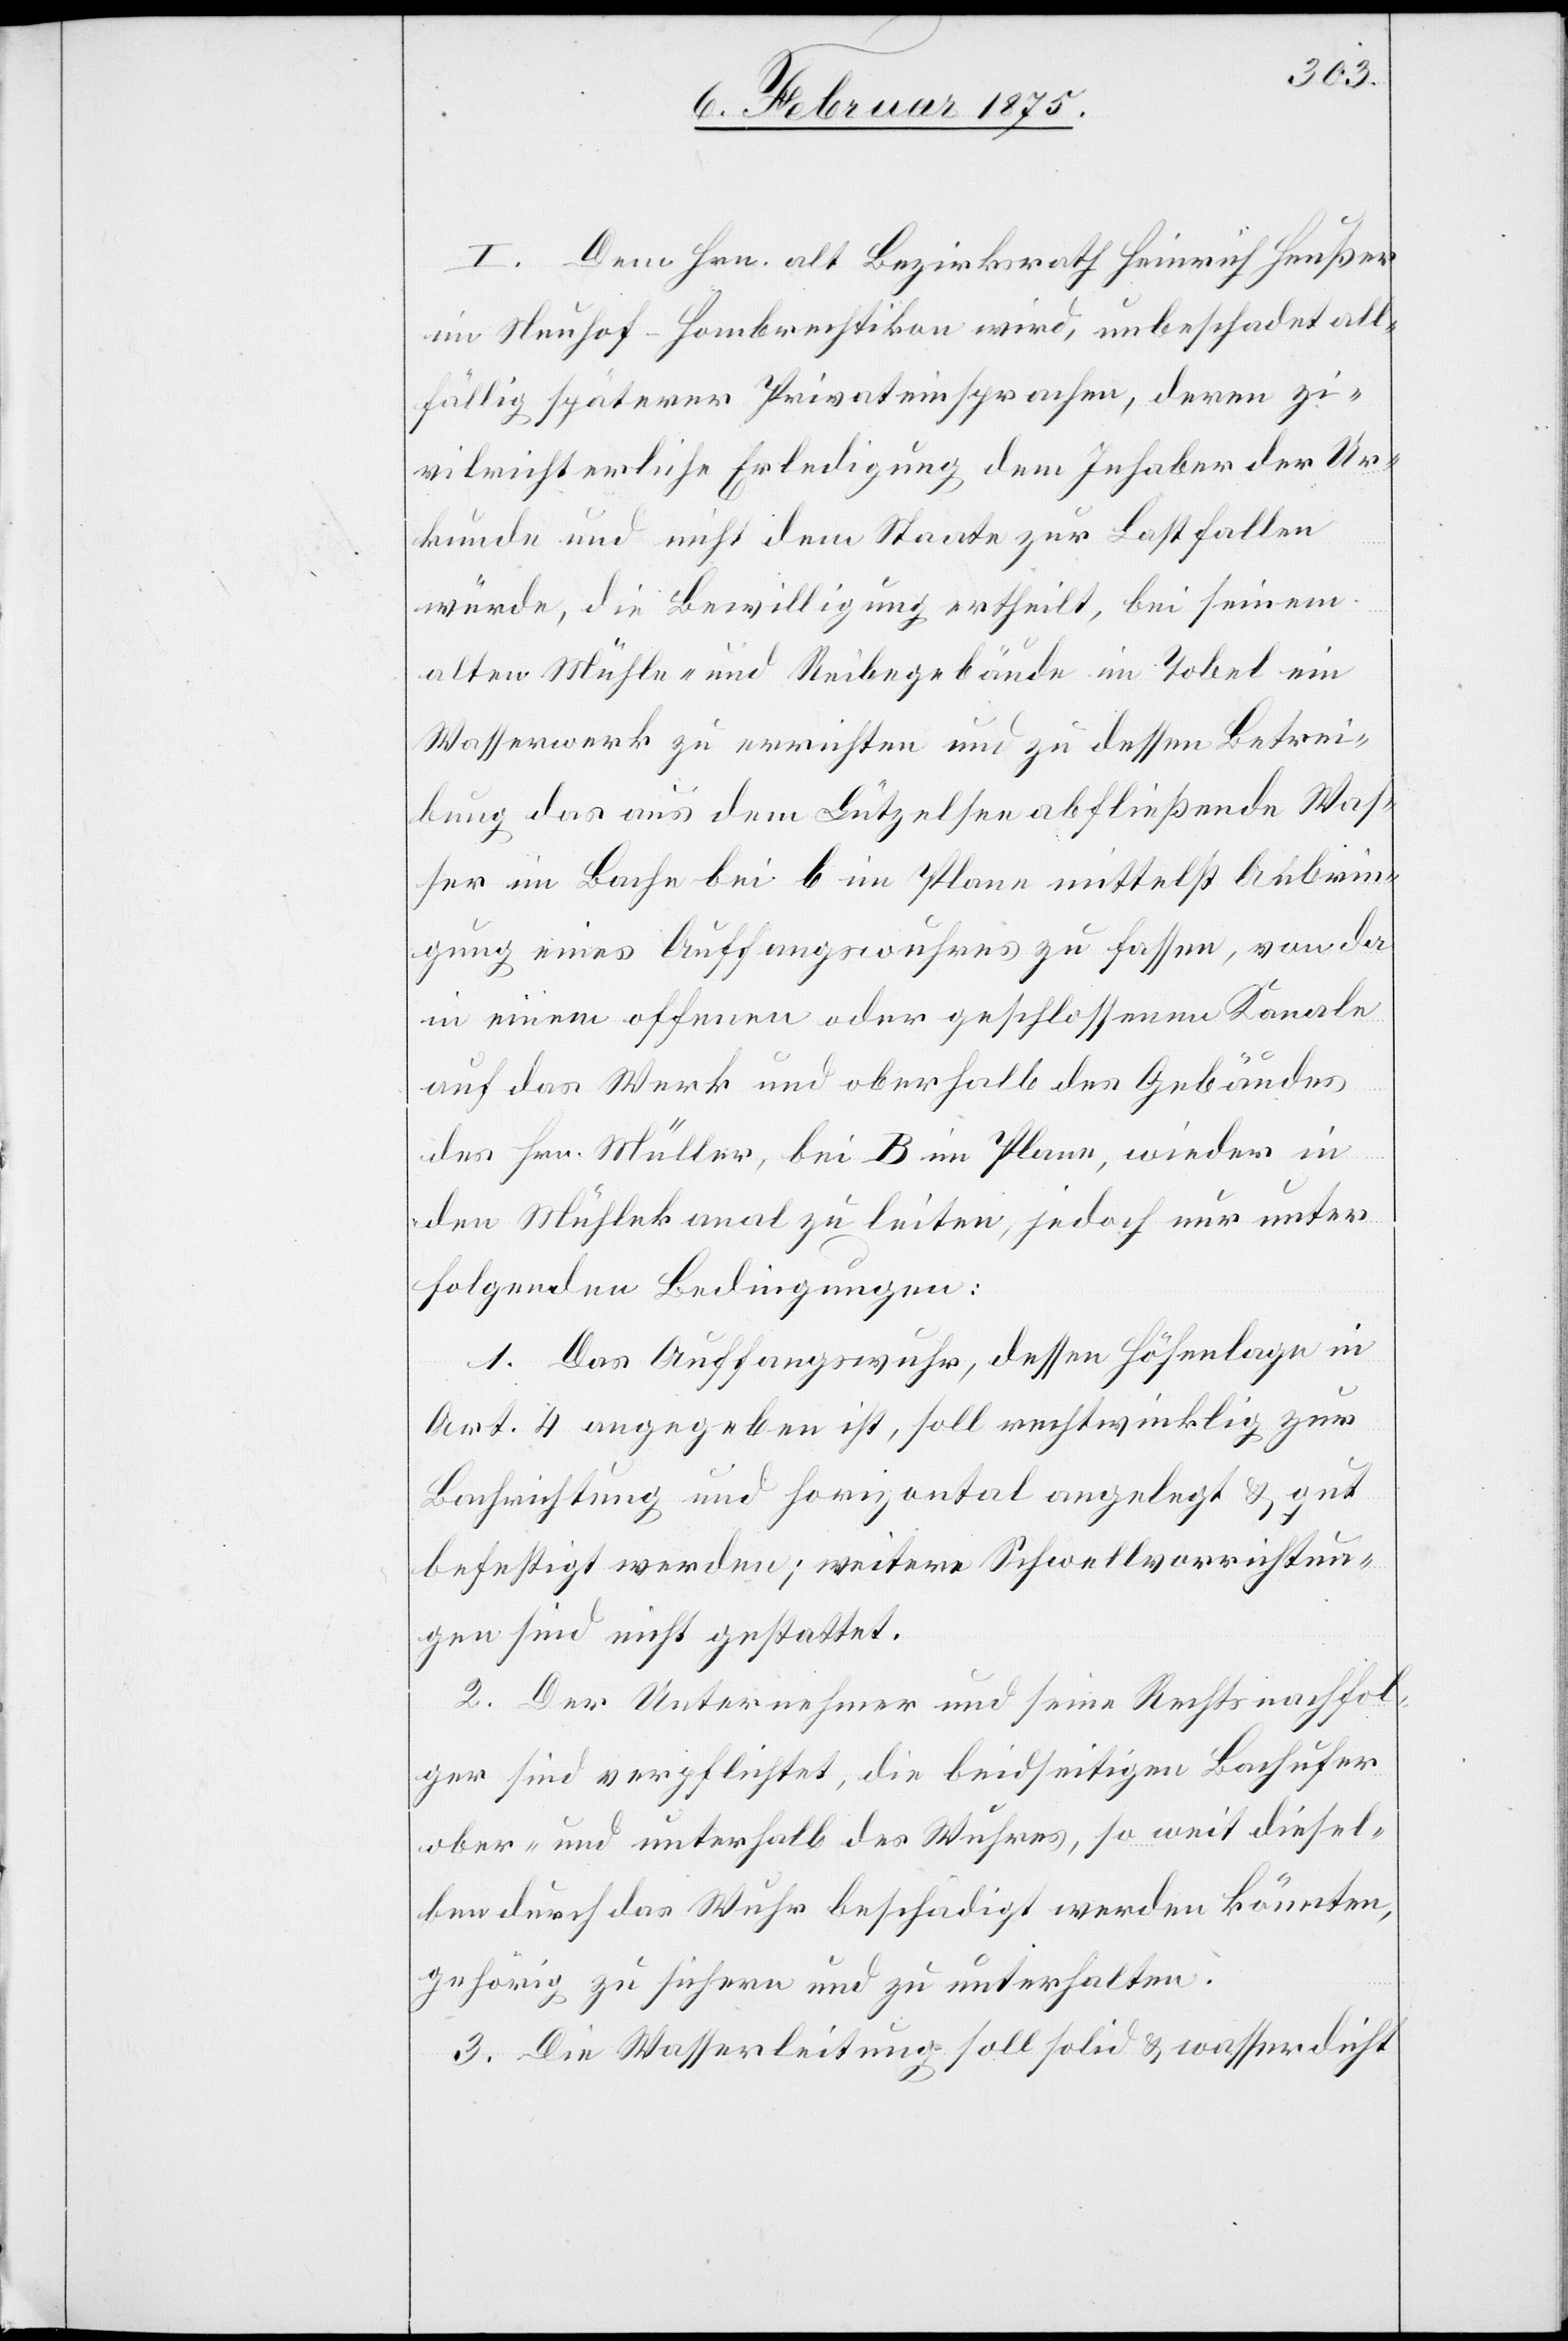
I. Dem Hrn. alt Bezirksrath Heinrich Heußer
im Neuhof - Hombrechtikon wird, unbeschadet all¬
fällig späterer Privateinsprachen, deren zi¬
vilrichterliche Erledigung dem Inhaber der Ur¬
kunde und nicht dem Staate zur Last fallen
würde, die Bewilligung ertheilt, bei seinem
alten Mühle- und Reibegebäude im Tobel ein
Wasserwerk zu errichten und zu dessen Betrei¬
bung das aus dem Lützelsee abfließende Was¬
ser im Bache bei b im Plane mittelst Anbrin¬
gung eines Auffangswuhres zu fassen, von da
in einem offenen oder geschlossenem Kanale
auf das Werk und oberhalb des Gebäudes
des Hrn. Müller, bei B im Plane, wieder in
den Mühlekanal zu leiten, jedoch nur unter
folgenden Bedingungen:
1. Das Auffangswuhr, dessen Höhenlage in
Art. 4 angegeben ist, soll rechtwinklig zur
Bachrichtung und horizontal angelegt & gut
befestigt werden; weitere Schwellvorrichtun¬
gen sind nicht gestattet.
2. Der Unternehmer und seine Rechtsnachfol¬
ger sind verpflichtet, die beidseitigen Bachufer
ober- und unterhalb des Wuhres, so weit diesel¬
ben durch das Wuhr beschädigt werden könnten,
gehörig zu sichern und zu unterhalten.
3. Die Wasserleitung soll solid & wasserdicht